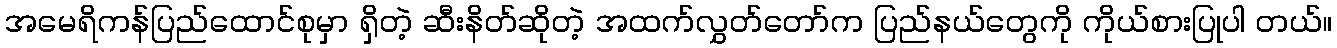
အမေရိကန်ပြည်ထောင်စုမှာ ရှိတဲ့ ဆီးနိတ်ဆိုတဲ့ အထက်လွှတ်တော်က ပြည်နယ်တွေကို ကိုယ်စားပြုပါ တယ်။